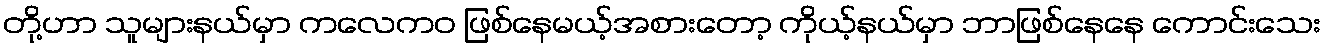
တို့ဟာ သူများနယ်မှာ ကလေကဝ ဖြစ်နေမယ့်အစားတော့ ကိုယ့်နယ်မှာ ဘာဖြစ်နေနေ ကောင်းသေး